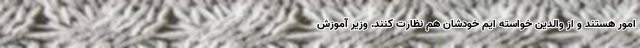
امور هستند و از والدین خواسته ایم خودشان هم نظارت کنند. وزیر آموزش